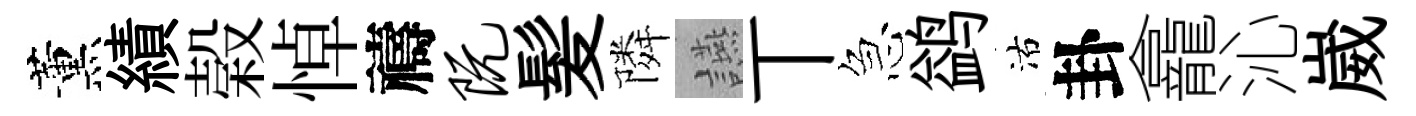
薰績榖悼禱阮髪隣讌丅急鹢沽卦龕沁崴